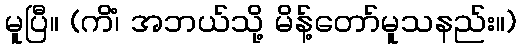
မူပြီ။ (ကိံ၊ အဘယ်သို့ မိန့်တော်မူသနည်း။)